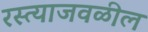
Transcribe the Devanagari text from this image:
रस्त्याजवळील